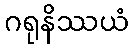
ဂရုနိဿယံ